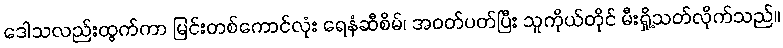
ဒေါသလည်းထွက်ကာ မြင်းတစ်ကောင်လုံး ရေနံဆီစိမ်၊ အဝတ်ပတ်ပြီး သူကိုယ်တိုင် မီးရှို့သတ်လိုက်သည်။